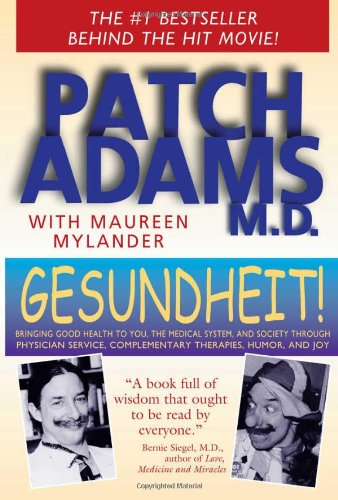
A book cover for Gesundheit!: Bringing Good Health to You, the Medical System, and Society through Physician Service, Complementary Therapies, Humor, and Joy; Patch Adams M.D.; Humor & Entertainment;